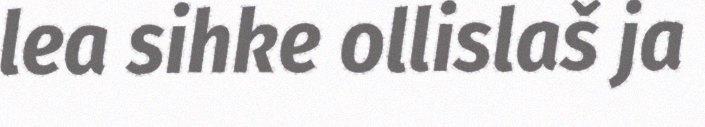
lea sihke ollislaš ja